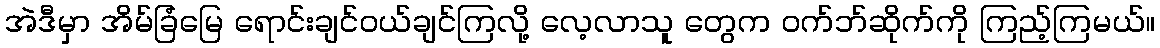
အဲဒီမှာ အိမ်ခြံမြေ ရောင်းချင်ဝယ်ချင်ကြလို့ လေ့လာသူ တွေက ဝက်ဘ်ဆိုက်ကို ကြည့်ကြမယ်။